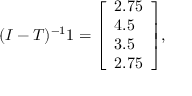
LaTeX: ( I - T ) ^ { - 1 } { \boldsymbol { 1 } } = { \left[ \begin{array} { l } { 2 . 7 5 } \\ { 4 . 5 } \\ { 3 . 5 } \\ { 2 . 7 5 } \end{array} \right] } ,